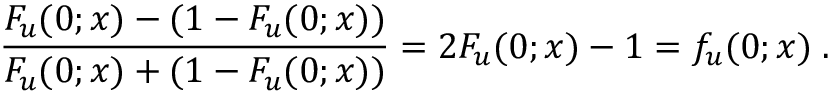
\frac { F _ { u } ( 0 ; x ) - ( 1 - F _ { u } ( 0 ; x ) ) } { F _ { u } ( 0 ; x ) + ( 1 - F _ { u } ( 0 ; x ) ) } = 2 F _ { u } ( 0 ; x ) - 1 = f _ { u } ( 0 ; x ) \; .